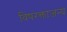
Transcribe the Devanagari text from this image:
विषरक्ताजन्य